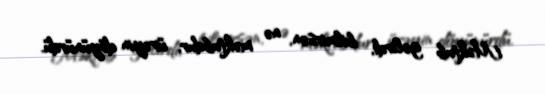
Məktub gəlirdi, bilmirsən, nə məktubdur, ürəyin döyünürdü.